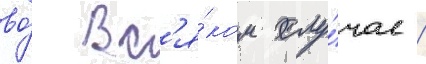
во́ вс'я́ком слу́чае /